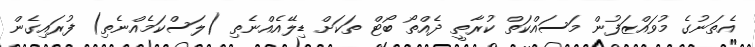
އެތަނުގެ މުވައްޒަފުން މަސައްކަތް ކުރާތީ ދެއްތޯ ބޯޓް ތަކަށް ޑިލޭއެއްނެތި (ލަސްކަމެއްނެތި) ފުރައިގެން